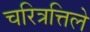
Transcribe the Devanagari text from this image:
चरित्रत्तिले